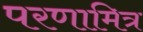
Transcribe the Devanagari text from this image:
परणामित्र